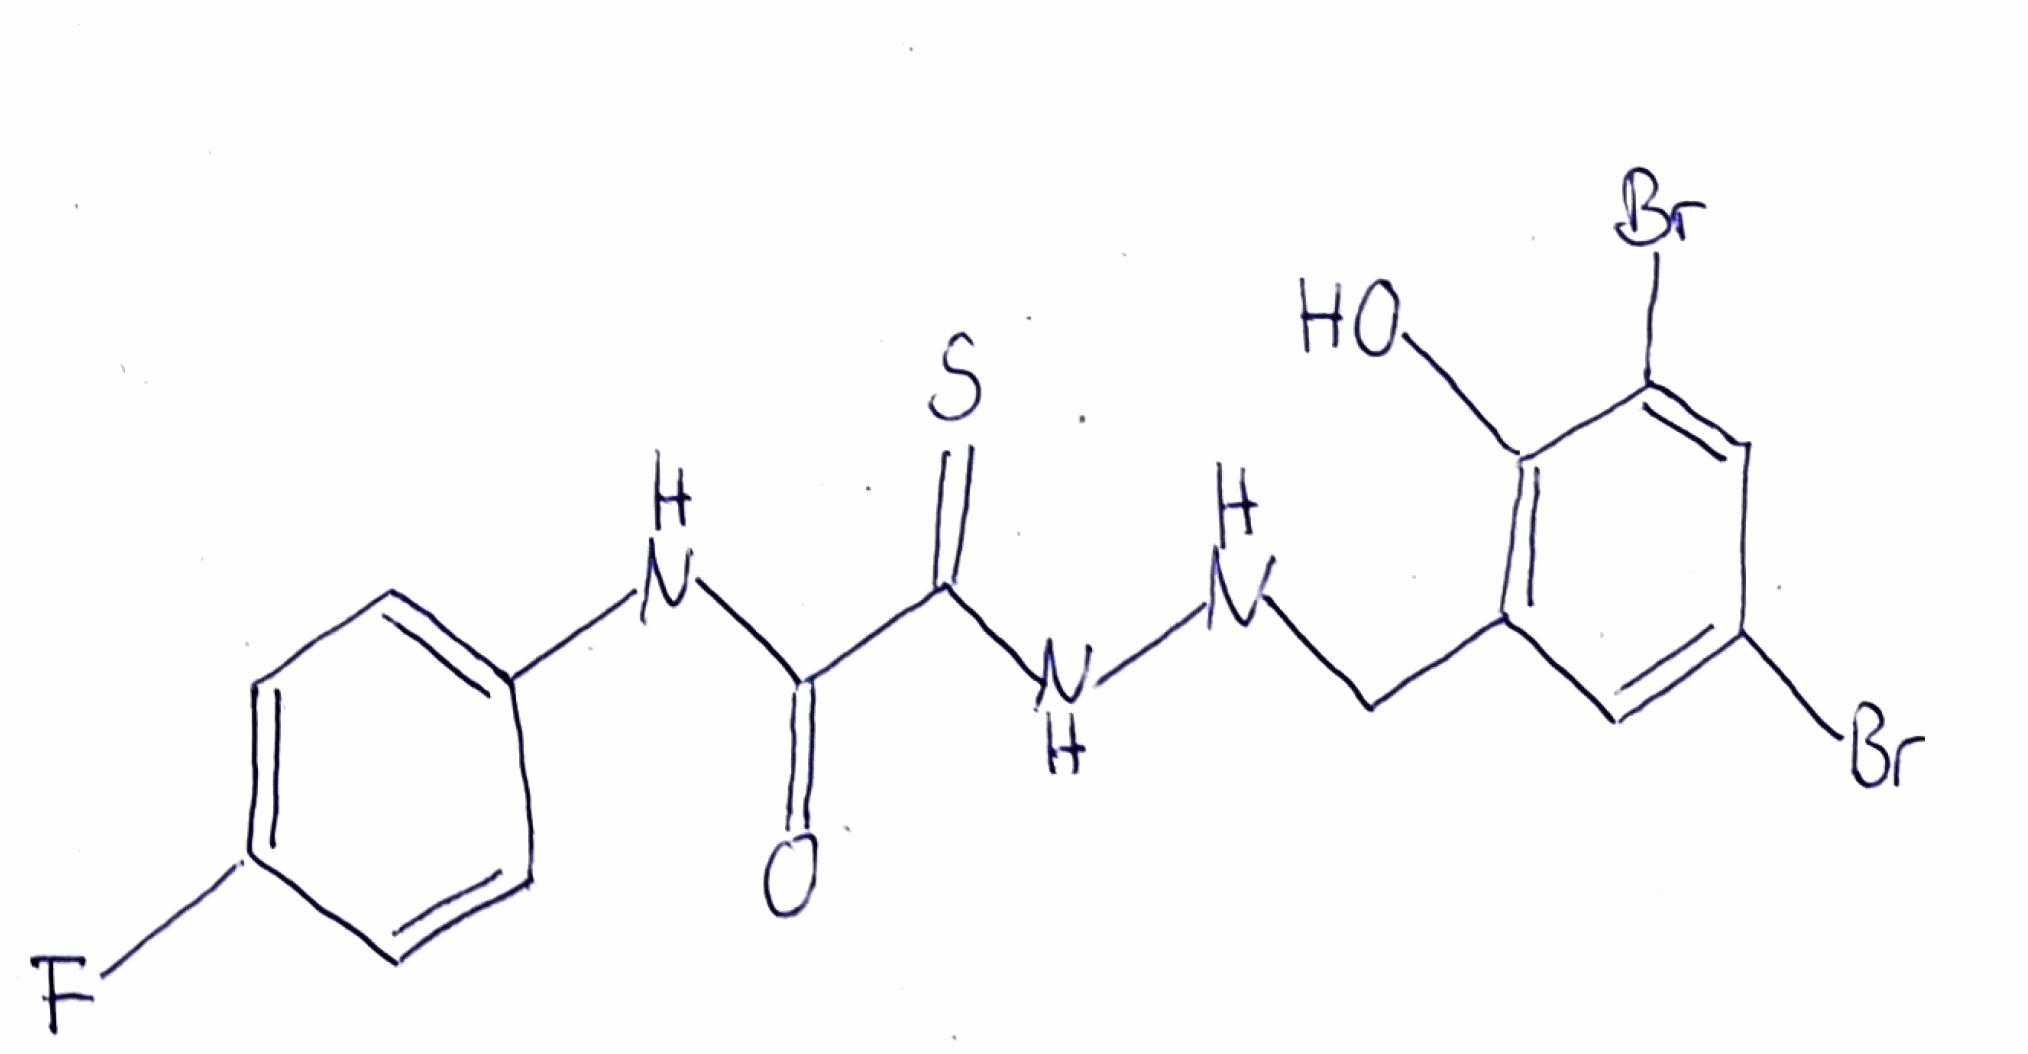
Simplified molecular-input line-entry system (SMILES) notation of the given molecule:
C1=CC(=CC=C1NC(=O)C(=S)NNCC2=C(C(=CC(=C2)Br)Br)O)F